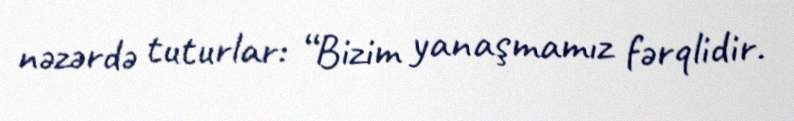
nəzərdə tuturlar: “Bizim yanaşmamız fərqlidir.